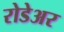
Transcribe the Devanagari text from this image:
रोडेअर